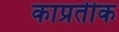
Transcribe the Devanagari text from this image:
काप्रतीक